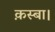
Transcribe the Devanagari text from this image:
क़स्बा।